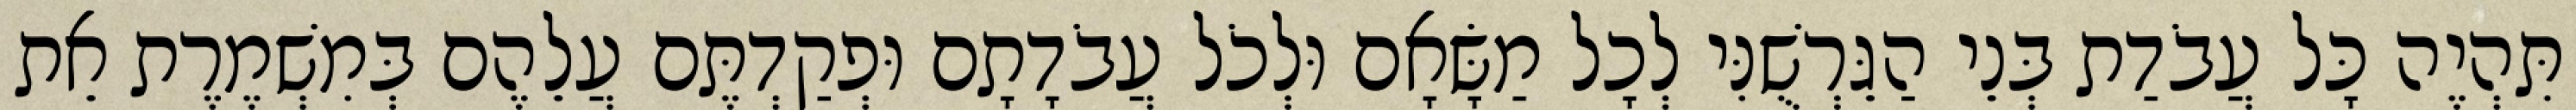
תִּהְיֶה כָּל עֲבֹדַת בְּנֵי הַגֵּרְשֻׁנִּי לְכָל מַשָּׂאָם וּלְכֹל עֲבֹדָתָם וּפְקַדְתֶּם עֲלֵהֶם בְּמִשְׁמֶרֶת אֵת